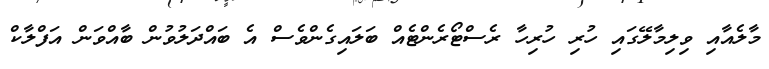
މާލެއާއި ވިލިމާލޭގައި ހުރި ހުރިހާ ރެސްޓޯރެންޓެއް ބަލައިގެންވެސް އެ ބައްދަލުވުން ބާއްވަން އަފްލާކް